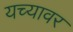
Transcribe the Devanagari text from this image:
यच्यावर